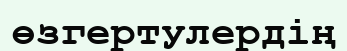
өзгертулердің